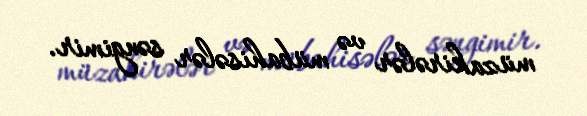
müzakirələr və mübahisələr səngimir.